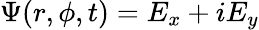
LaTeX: \Psi(r,\phi,t)=E_{x}+iE_{y}